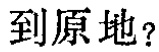
到原地？